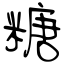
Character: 糖